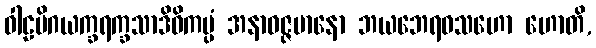
ဝါဠမိဂယက္ခရက္ခသာဒိဝိကပ္ပံ အနာဝဇ္ဇမာနော ဘယဘေရဝသဟော ဟောတိ,